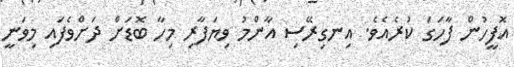
އޮފީހުން ފާހަގަ ކުރެއެވެ. އިނގިރޭސި އާންމު ވިޔަފާރި މިހާ ބޮޑަށް ދަށްވެފައި މިވަނީ